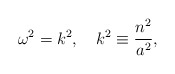
\begin{align*}\omega ^2=k^2, \quad k^2 \equiv {{n^2} \over {a^2}} ,\end{align*}